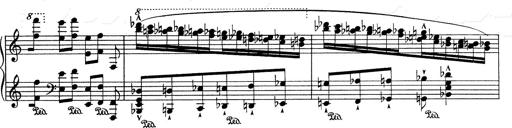
Title: RÃ©miniscences de Don Juan
Composer: Franz Liszt